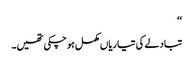
‘‘
تبادلے کی تیاریاں مکمل ہوچکی تھیں۔